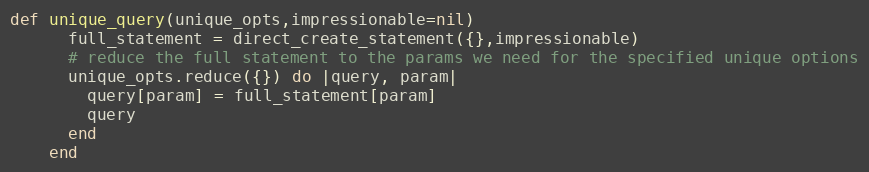
Language: Ruby
def unique_query(unique_opts,impressionable=nil)
      full_statement = direct_create_statement({},impressionable)
      # reduce the full statement to the params we need for the specified unique options
      unique_opts.reduce({}) do |query, param|
        query[param] = full_statement[param]
        query
      end
    end